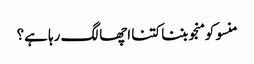
منسو کو منجو بننا کتنا اچھا لگ رہا ہے؟